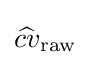
{\widehat {cv}}_{\rm {raw}}